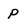
Character: P